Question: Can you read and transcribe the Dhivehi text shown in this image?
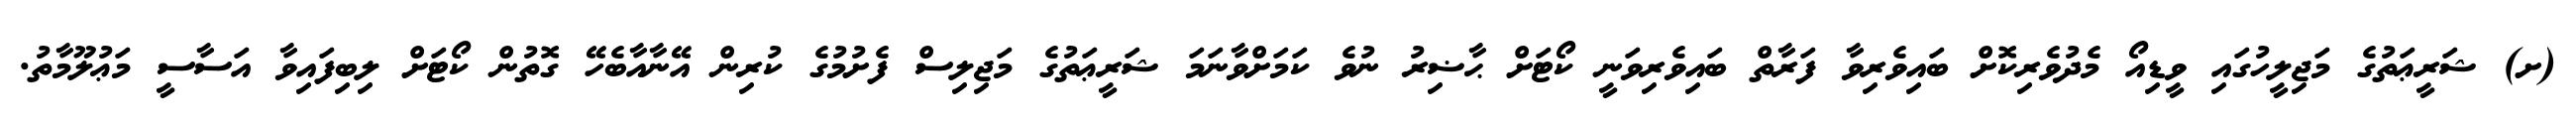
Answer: (ށ) ޝަރީޢަތުގެ މަޖިލީހުގައި ވީޑިއޯ މެދުވެރިކޮށް ބައިވެރިވާ ފަރާތް ބައިވެރިވަނީ ކޯޓަށް ޙާޟިރު ނުވެ ކަމަށްވާނަމަ ޝަރީޢަތުގެ މަޖިލިސް ފެށުމުގެ ކުރިން އޭނާއާބެހޭ ގޮތުން ކޯޓަށް ލިބިފައިވާ އަސާސީ މަޢުލޫމާތު.